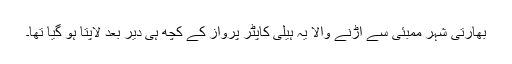
بھارتی شہر ممبئی سے اڑنے والا یہ ہیلی کاپٹر پرواز کے کچھ ہی دیر بعد لاپتا ہو گیا تھا۔